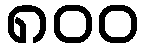
၈၀၀